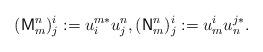
LaTeX: \begin{align*}(\mathsf{M}^n_m)^i_j := u^{m*}_i u^n_j, (\mathsf{N}^n_m)^i_j := u^i_m u^{j*}_n.\end{align*}